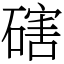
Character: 磍